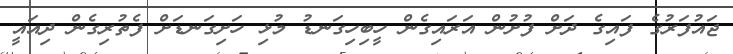
ޖައުފަރުގެ ފައިގެ ދަށް ފުށުން އަރައިގެން ހީބިހިގަނޑު މުޅި ހަށިގަނޑަށް ފެތުރިގެން ދިއައީ